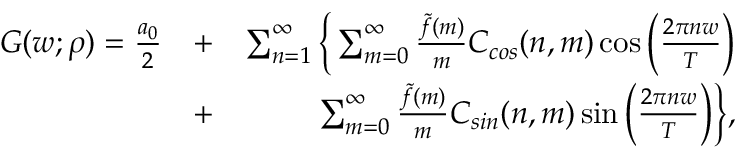
\begin{array} { r l r } { G ( w ; \rho ) = \frac { a _ { 0 } } { 2 } } & { + } & { \sum _ { n = 1 } ^ { \infty } \bigg \{ \sum _ { m = 0 } ^ { \infty } \frac { \tilde { f } ( m ) } { m } C _ { c o s } ( n , m ) \cos { \bigg ( \frac { 2 \pi n w } { T } \bigg ) } } \\ & { + } & { \sum _ { m = 0 } ^ { \infty } \frac { \tilde { f } ( m ) } { m } C _ { s i n } ( n , m ) \sin { \bigg ( \frac { 2 \pi n w } { T } \bigg ) } \bigg \} , } \end{array}